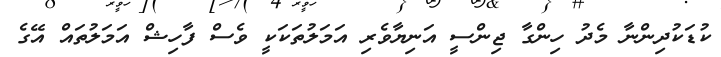
ކުޑަކުދިންނާ މެދު ހިންގާ ޖިންސީ އަނިޔާވެރި އަމަލުތަކަކީ ވެސް ފާހިޝް އަމަލުތައް އޭގެ